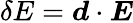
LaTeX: \delta E=\boldsymbol{d}\cdot\boldsymbol{E}